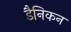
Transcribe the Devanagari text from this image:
डैनिकन